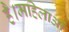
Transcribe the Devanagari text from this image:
है।महिलाओं